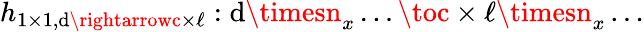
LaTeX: h_{1\times1,\mathrm{d}\rightarrowc\times\ell}:\mathrm{d}\timesn_{x}\dots\toc\times\ell\timesn_{x}\dots